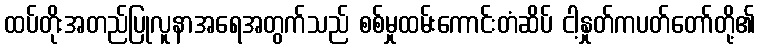
ထပ်တိုးအတည်ပြုလူနာအရေအတွက်သည် စစ်မှုထမ်းကောင်းတံဆိပ် ငါ့နှုတ်ကပတ်တော်တို့၏